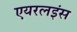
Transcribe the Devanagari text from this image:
एयरलइंस